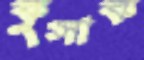
কুসাক